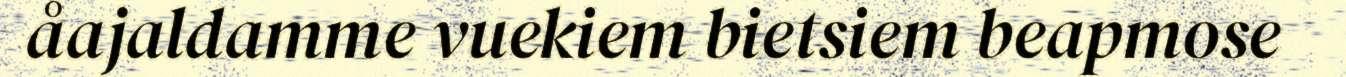
åajaldamme vuekiem bietsiem beapmose